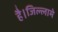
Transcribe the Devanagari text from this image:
है।जिल्लामे